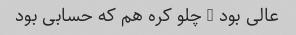
عالی بود … چلو کره هم که حسابی بود